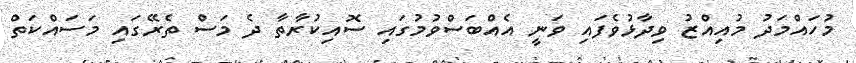
މުހައްމަދު މުއިއްޒު ވިދާޅުވެފައި ވަނީ އެއްބަސްވުމުގައި ސޮއިކުރާތާ ދެ މަސް ތެރޭގައި މަސައްކަތް